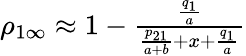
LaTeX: \begin{array}{r}{\rho_{1\infty}\approx 1-\frac{\frac{q_{1}}{a}}{\frac{p_{21}}{a+b}+x+\frac{q_{1}}{a}}}\end{array}